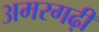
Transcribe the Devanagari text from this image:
अमरगढ़ी